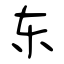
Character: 东